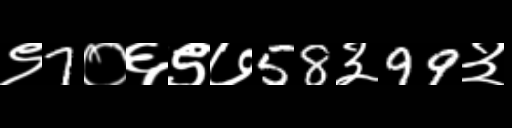
Text: ९7०६९७58३99३